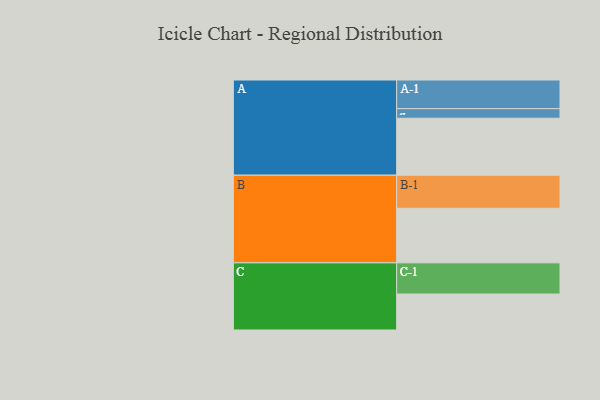
{"axis": {"x": "Segment", "y": "Value"}, "legend": ["", "A", "B", "C"], "data": [{"x": "A", "y": 475, "type": ""}, {"x": "B", "y": 455, "type": ""}, {"x": "C", "y": 300, "type": ""}, {"x": "A-1", "y": 239, "type": "A"}, {"x": "A-2", "y": 80, "type": "A"}, {"x": "B-1", "y": 276, "type": "B"}, {"x": "C-1", "y": 260, "type": "C"}]}